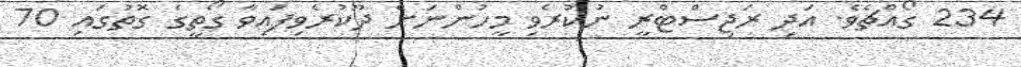
234 ގޯއްޗެވެ. އަދި ރަޖިސްޓްރީ ނުކުރެވި މީހުންނަށް ދޫކުރެވިފައިވާ ގޯތީގެ ގޮތުގައި 70